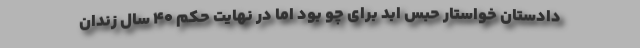
دادستان خواستار حبس ابد برای چو بود اما در نهایت حکم ۴۰ سال زندان